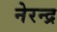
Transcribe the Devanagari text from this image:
नेरन्द्र